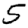
Digit: 5